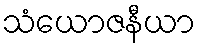
သံယောဇနီယာ